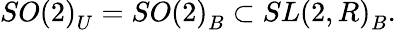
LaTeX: SO\left(2\right)_{U}=SO\left(2\right)_{B}\subset SL\left(2,R\right)_{B}.